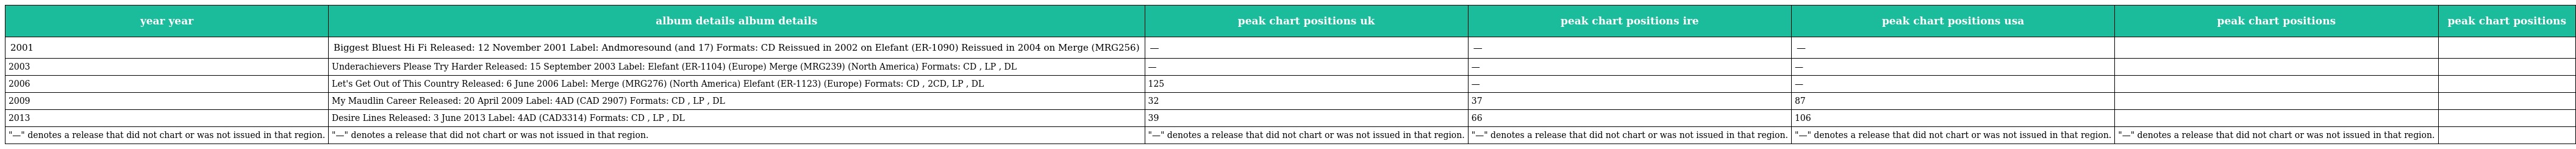
| year year | album details album details | peak chart positions uk | peak chart positions ire | peak chart positions usa | peak chart positions | peak chart positions |
 | --- | --- | --- | --- | --- | --- | --- |
 | 2001 | Biggest Bluest Hi Fi Released: 12 November 2001 Label: Andmoresound (and 17) Formats: CD Reissued in 2002 on Elefant (ER-1090) Reissued in 2004 on Merge (MRG256) | — | — | — |  |  |
 | 2003 | Underachievers Please Try Harder Released: 15 September 2003 Label: Elefant (ER-1104) (Europe) Merge (MRG239) (North America) Formats: CD , LP , DL | — | — | — |  |  |
 | 2006 | Let's Get Out of This Country Released: 6 June 2006 Label: Merge (MRG276) (North America) Elefant (ER-1123) (Europe) Formats: CD , 2CD, LP , DL | 125 | — | — |  |  |
 | 2009 | My Maudlin Career Released: 20 April 2009 Label: 4AD (CAD 2907) Formats: CD , LP , DL | 32 | 37 | 87 |  |  |
 | 2013 | Desire Lines Released: 3 June 2013 Label: 4AD (CAD3314) Formats: CD , LP , DL | 39 | 66 | 106 |  |  |
 | "—" denotes a release that did not chart or was not issued in that region. | "—" denotes a release that did not chart or was not issued in that region. | "—" denotes a release that did not chart or was not issued in that region. | "—" denotes a release that did not chart or was not issued in that region. | "—" denotes a release that did not chart or was not issued in that region. | "—" denotes a release that did not chart or was not issued in that region. |  |